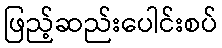
ဖြည့်ဆည်းပေါင်းစပ်